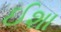
ઈશા